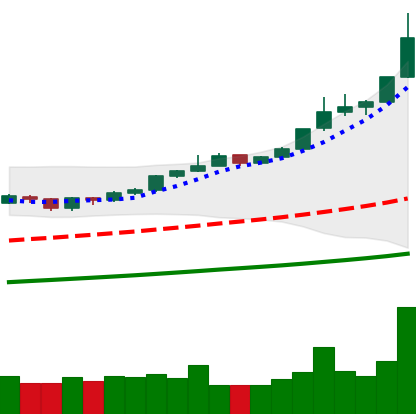
Ticker: BTC-USD
Chart end date: 2019-06-26
Forward return: -18.693%
Label: down_7plus